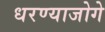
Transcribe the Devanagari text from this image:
धरण्याजोगे